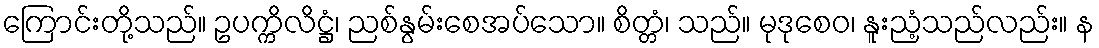
ကြောင်းတို့သည်။ ဥပက္ကိလိဋ္ဌံ၊ ညစ်နွမ်းစေအပ်သော။ စိတ္တံ၊ သည်။ မုဒုစေဝ၊ နူးညံ့သည်လည်း။ န